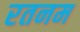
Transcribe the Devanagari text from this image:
रतनम